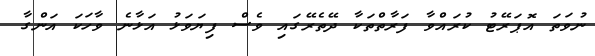
ނުވަތަ އޮޕަރޭޓު ކުރައްވާ ފަރާތްތަކާ ދޭތެރޭގައި ވެސް ފިޔަވަޅު އަޅާނެ ވާހަކަ އަންގާ